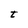
Character: t